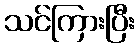
သင်ကြားပြီး